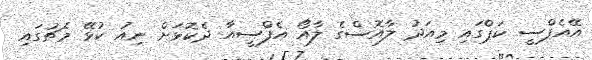
އޭއެފްސީ ކަޕްގައި މިއަދު ލާއޮސްގެ ލާއޯ އެފްސީއާ ދެކޮޅަށް ނިއު ކުޅޭ މެޗުގައި